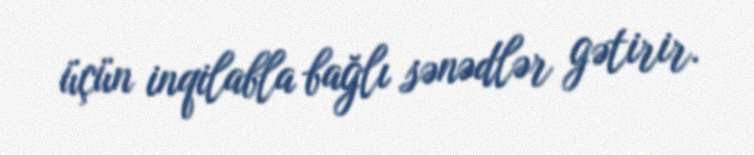
üçün inqilabla bağlı sənədlər gətirir.